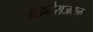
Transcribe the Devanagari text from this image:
बडनेराजवळ